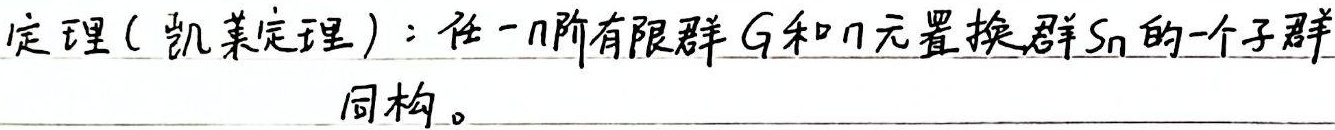
定理( 凯莱定理)：任一\(n\)阶有限群\(G\)和\(n\)元置换群\(S_n\)的一个子群同构。